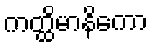
ကတ္ထိမာနိကော